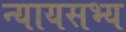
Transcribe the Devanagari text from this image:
न्यायसभ्य